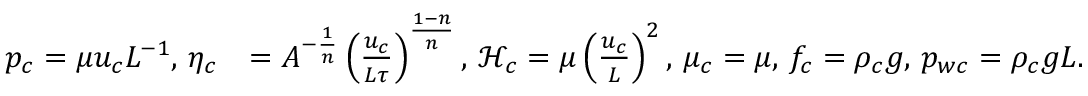
\begin{array} { r l } { p _ { c } = \mu u _ { c } L ^ { - 1 } , \, \eta _ { c } } & { = A ^ { - \frac { 1 } { n } } \left( \frac { u _ { c } } { L \tau } \right) ^ { \frac { 1 - n } { n } } , \, \mathcal { H } _ { c } = \mu \left( \frac { u _ { c } } { L } \right) ^ { 2 } , \, \mu _ { c } = \mu , \, f _ { c } = \rho _ { c } g , \, p _ { w c } = \rho _ { c } g L . } \end{array}